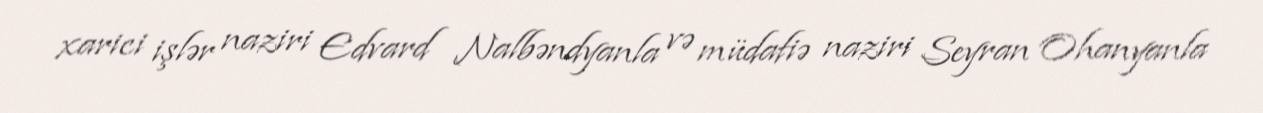
xarici işlər naziri Edvard Nalbəndyanla və müdafiə naziri Seyran Ohanyanla